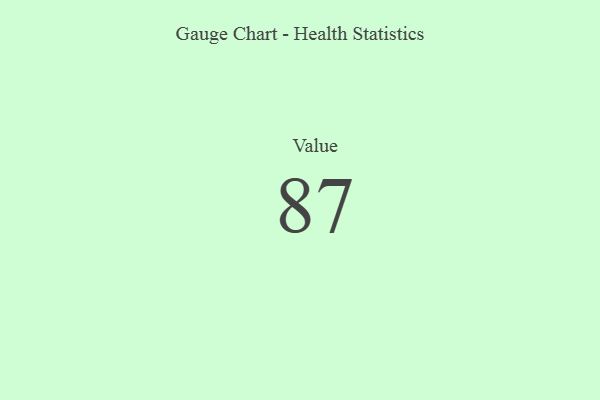
{"axis": {"x": "Metric", "y": "Value"}, "legend": [""], "data": [{"x": "Value", "y": 87, "type": ""}]}